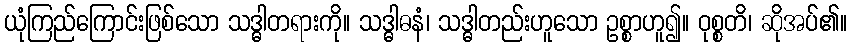
ယုံကြည်ကြောင်းဖြစ်သော သဒ္ဓါတရားကို။ သဒ္ဓါဓနံ၊ သဒ္ဓါတည်းဟူသော ဥစ္စာဟူ၍။ ဝုစ္စတိ၊ ဆိုအပ်၏။